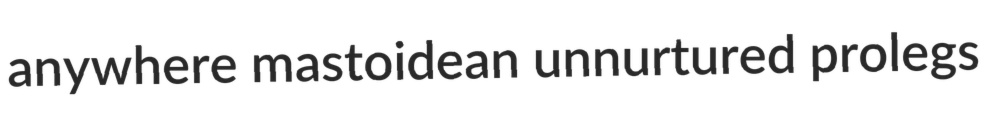
anywhere mastoidean unnurtured prolegs